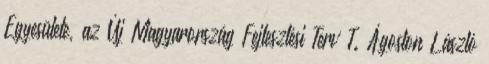
Egyesülete, az Új Magyarország Fejlesztési Terv T. Ágoston László